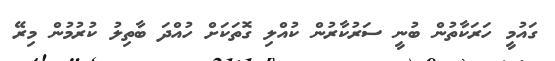
ގައުމީ ހަރަކާތުން ބުނީ ސަރުކާރުން ކުއްލި ގޮތަކަށް ހުއްދަ ބާތިލު ކުރުމުން މިރޭ